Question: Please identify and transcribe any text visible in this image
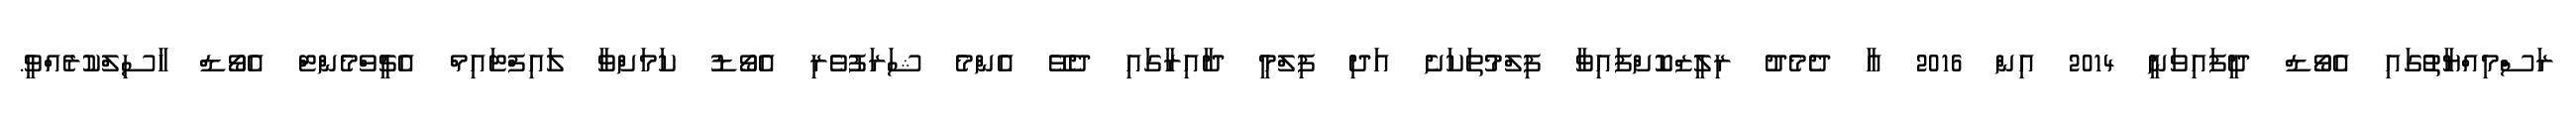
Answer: ރަސްމިއްޔާތުުގައި އެވޯޑް ދީފައިވަނީ 2014 އިން 2016 އާ ދެމެދު ރިލީޒްކޮށްފައިވާ ފިލްމުތަކަށެ އަދި ފިލްމީ ދާއިރާގައި ދެވޭ އެންމެ ޝަރަފުވެރި އެވޯޑު ކަމަށްވާ ލައިފްޓައިމް އެޗީވްމެންޓް އެވޯޑް ހާސިލްކުރެއްވީ.